画像に写った文字を読んでください
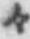
「々」と書いてあります